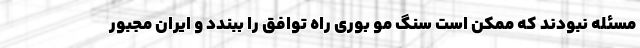
مسئله نبودند که ممکن است سنگ مو بوری راه توافق را ببندد و ایران مجبور